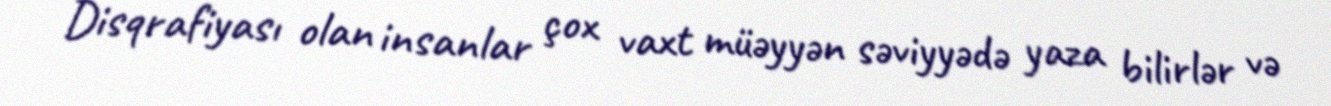
Disqrafiyası olan insanlar çox vaxt müəyyən səviyyədə yaza bilirlər və